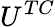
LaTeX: U^{TC}